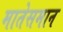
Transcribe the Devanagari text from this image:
मातेसमान